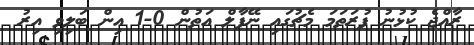
ރާއްޖެ ކުޅުނު ފުރަތަމަ މެޗުގައި ނޭޕާލް އަތުން 0-1 އިން ބަލިވި އިރު